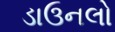
ડાઉનલો